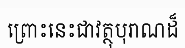
ព្រោះនេះជាវត្ថុបុរាណដ៏